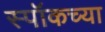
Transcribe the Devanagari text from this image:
स्पॉकच्या